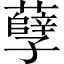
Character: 孽